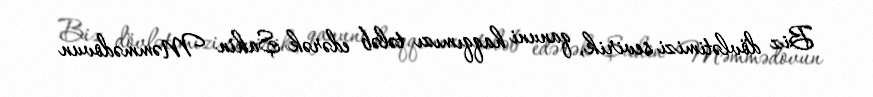
Biz dövlətimizi sevirik, qanuni haqqımızı tələb edərək Şahin Məmmədovun